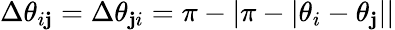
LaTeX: \Delta\theta_{i\mathbf{j}}=\Delta\theta_{\mathbf{j}i}=\pi-|\pi-|\theta_{i}-\theta_{\mathbf{j}}||